Report on horse surra - Volume II, Part I
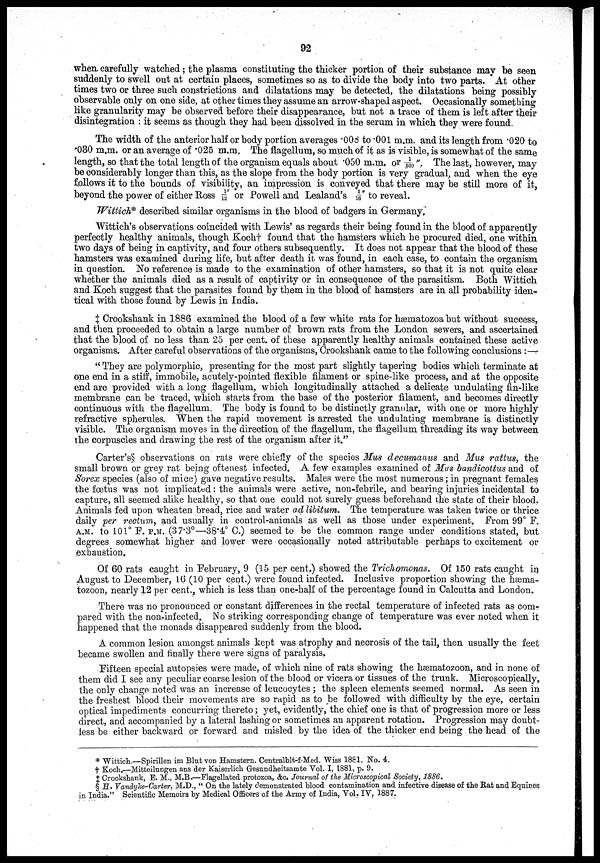
92
when carefully watched; the plasma constituting the thicker portion of their substance may be seen
suddenly to swell out at certain places, sometimes so as to divide the body into two parts. At other
times two or three such constrictions and dilatations may be detected, the dilatations being possibly
observable only on one side, at other times they assume an arrow-shaped aspect. Occasionally something
like granularity may be observed before their disappearance, but not a trace of them is left after their
disintegration : it seems as though they had been dissolved in the serum in which they were found.
The width of the anterior half or body portion averages .008 to .001 m.m. and its length from .020 to
.030 m.m. or an average of .025 m.m. The flagellum, so much of it as is visible, is somewhat of the same
length, so that the total length of the organism equals about .050 m.m. or 1/500". The last, however, may
be considerably longer than this, as the slope from the body portion is very gradual, and when the eye
follows it to the bounds of visibility, an impression is conveyed that there may be still more of it,
beyond the power of either Ross 1/12" or Powell and Lealand's 1/16" to reveal.
Wittich* described similar organisms in the blood of badgers in Germany.
Wittich's observations coincided with Lewis' as regards their being found in the blood of apparently
perfectly healthy animals, though Koch† found that the hamsters which he procured died, one within
two days of being in captivity, and four others subsequently. It does not appear that the blood of these
hamsters was examined during life, but after death it was found, in each case, to contain the organism
in question. No reference is made to the examination of other hamsters, so that it is not quite clear
whether the animals died as a result of captivity or in consequence of the parasitism. Both Wittich
and Koch suggest that the parasites found by them in the blood of hamsters are in all probability iden¬
tical with those found by Lewis in India.
‡ Crookshank in 1886 examined the blood of a few white rats for hæmatozoa but without success,
and then proceeded to obtain a large number of brown rats from the London sewers, and ascertained
that the blood of no less than 25 per cent. of these apparently healthy animals contained these active
organisms. After careful observations of the organisms, Crookshank came to the following conclusions :—
"They are polymorphic, presenting for the most part slightly tapering bodies which terminate at
one end in a stiff, immobile, acutely-pointed flexible filament or spine-like process, and at the opposite
end are provided with a long flagellum, which longitudinally attached a delicate undulating fin-like
membrane can be traced, which starts from the base of the posterior filament, and becomes directly
continuous with the flagellum. The body is found to be distinctly granular, with one or more highly
refractive spherules. When the rapid movement is arrested the undulating membrane is distinctly
visible. The organism moves in the direction of the flagellum, the flagellum threading its way between
the corpuscles and drawing the rest of the organism after it."
Carter's§ observations on rats were chiefly of the species Mus decumanus and Mus rattus, the
small brown or grey rat being oftenest infected. A few examples examined of Mus bandicottus and of
Sorex species (also of mice) gave negative results. Males were the most numerous; in pregnant females
the fœtus was not implicated: the animals were active, non-febrile, and bearing injuries incidental to
capture, all seemed alike healthy, so that one could not surely guess beforehand the state of their blood.
Animals fed upon wheaten bread, rice and water ad libitum. The temperature was taken twice or thrice
daily per rectum, and usually in control-animals as well as those under experiment. From 99° F.
A.M. to 101°F. P.M. (37.3°—38.4° C.) seemed to be the common range under conditions stated, but
degrees somewhat higher and lower were occasionally noted attributable perhaps to excitement or
exhaustion.
Of 60 rats caught in February, 9 (15 per cent.) showed the Trichomonas. Of 150 rats caught in
August to December, 16 (10 per cent.) were found infected. Inclusive proportion showing the hæma¬
tozoon, nearly 12 per cent., which is less than one-half of the percentage found in Calcutta and London.
There was no pronounced or constant differences in the rectal temperature of infected rats as com¬
pared with the non-infected. No striking corresponding change of temperature was ever noted when it
happened that the monads disappeared suddenly from the blood.
A common lesion amongst animals kept was atrophy and necrosis of the tail, then usually the feet
became swollen and finally there were signs of paralysis.
Fifteen special autopsies were made, of which nine of rats showing the hæmatozoon, and in none of
them did I see any peculiar coarse lesion of the blood or vicera or tissues of the trunk. Microscopically,
the only change noted was an increase of leucocytes ; the spleen elements seemed normal. As seen in
the freshest blood their movements are so rapid as to be followed with difficulty by the eye, certain
optical impediments concurring thereto; yet, evidently, the chief one is that of progression more or less
direct, and accompanied by a lateral lashing or sometimes an apparent rotation. Progression may doubt-
less be either backward or forward and misled by the idea of the thicker end being the head of the
* Wittich.—Spirillen im Blut von Hamstern. Centralblt-f-Med. Wiss 1881. No. 4.
† Koch.—Mitteilungen ans der Kaiserlich Gesundheitsamte Vol. I, 1881, p. 9.
‡ Crookshank, E. M., M.B.—Flagellated protozoa, &c. Journal of the Microscopical Society, 1886.
§ H. Vandyke-Carter, M.D., "On the lately demonstrated blood contamination and infective disease of the Rat and Equines
in India." Scientific Memoirs by Medical Officers of the Army of India, Vol. IV, 1887.